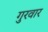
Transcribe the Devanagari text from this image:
गुरवार